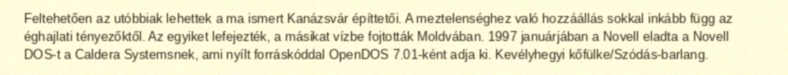
Feltehetően az utóbbiak lehettek a ma ismert Kanázsvár építtetői. A meztelenséghez való hozzáállás sokkal inkább függ az éghajlati tényezőktől. Az egyiket lefejezték, a másikat vízbe fojtották Moldvában. 1997 januárjában a Novell eladta a Novell DOS-t a Caldera Systemsnek, ami nyílt forráskóddal OpenDOS 7.01-ként adja ki. Kevélyhegyi kőfülke/Szódás-barlang.